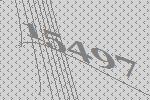
15497